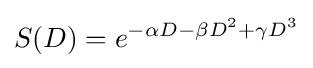
S(D)=e^{-\alpha D-\beta D^{2}+\gamma D^{3}}